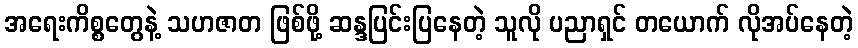
အရေးကိစ္စတွေနဲ့ သဟဇာတ ဖြစ်ဖို့ ဆန္ဒပြင်းပြနေတဲ့ သူလို ပညာရှင် တယောက် လိုအပ်နေတဲ့